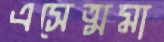
এসেত্মমা